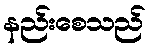
နည်းစေသည်